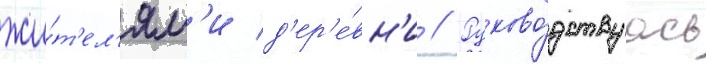
жи́т'ел'ям'и д'ер'е́вн'и // Руково́дствуась